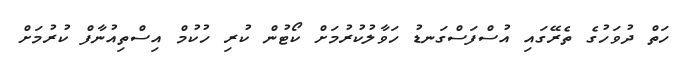
ހަތް ދުވަހުގެ ތެރޭގައި އުސްފަސްގަނޑު ހަވާލުކުރުމަށް ކޯޓުން ކުރި ހުކުމް އިސްތިއުނާފް ކުރުމަށް